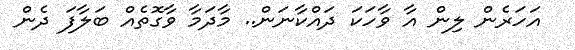
އަހަރެން ލިން އާ ވާހަކަ ދައްކާނަން.. މާދަމާ ވާގޮތެއް ބަލާފަ ދެން